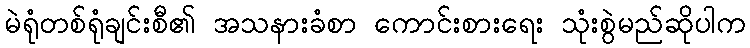
မဲရုံတစ်ရုံချင်းစီ၏ အသနားခံစာ ကောင်းစားရေး သုံးစွဲမည်ဆိုပါက